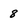
Character: 8